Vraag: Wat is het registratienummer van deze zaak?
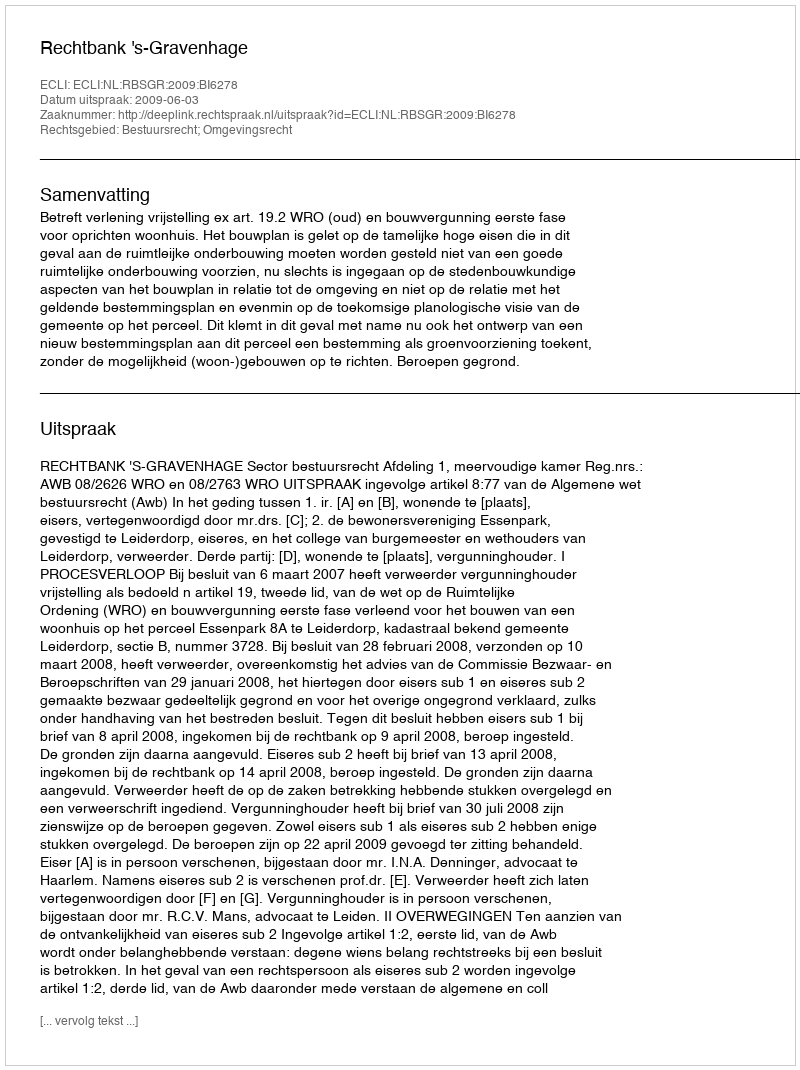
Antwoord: http://deeplink.rechtspraak.nl/uitspraak?id=ECLI:NL:RBSGR:2009:BI6278